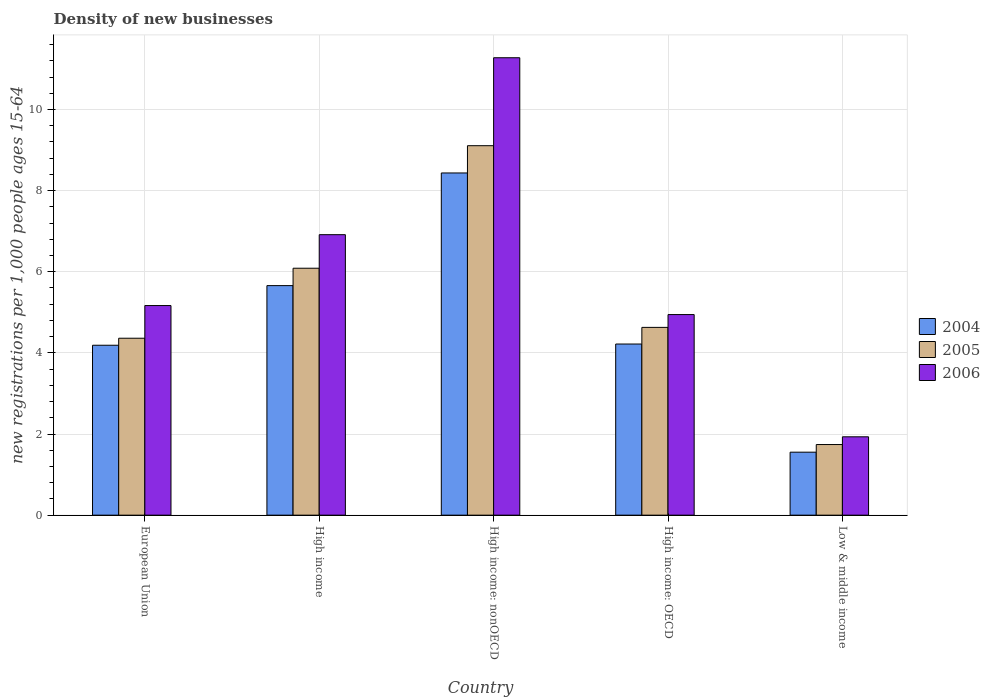
| Country | 2004 | 2005 | 2006 |
 | --- | --- | --- | --- |
 | European Union | 4.19 | 4.36 | 5.17 |
 | High income | 5.66 | 6.09 | 6.91 |
 | High income: nonOECD | 8.44 | 9.11 | 11.3 |
 | High income: OECD | 4.22 | 4.63 | 4.94 |
 | Low & middle income | 1.55 | 1.74 | 1.93 |